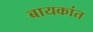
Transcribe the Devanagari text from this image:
बायकांत